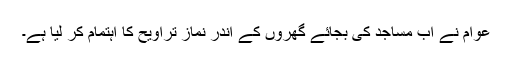
عوام نے اب مساجد کی بجائے گھروں کے اندر نماز تراویح کا اہتمام کر لیا ہے۔